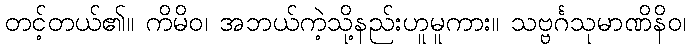
တင့်တယ်၏။ ကိမိဝ၊ အဘယ်ကဲ့သို့နည်းဟူမူကား။ သဗ္ဗင်္ဂသုမာဏိနိဝ၊